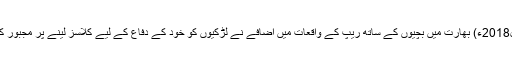
24 اپریل2018ء) بھارت میں بچیوں کے ساتھ ریپ کے واقعات میں اضافے نے لڑکیوں کو خود کے دفاع کے لیے کلاسز لینے پر مجبور کردیا ہے۔